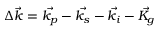
\Delta \vec { k } = \vec { k _ { p } } - \vec { k _ { s } } - \vec { k _ { i } } - \vec { K _ { g } }